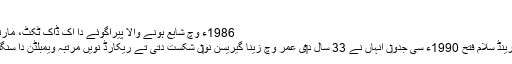
سبکدوشی[لکھو]
1986ء وچ شایع ہونے والا پیراگوئے دا اک ڈاک ٹکٹ، مارتینا د‏‏ی تصویر دے نال
نیوراتیلووا د‏‏ی آخری گرینڈ سلام فتح 1990ء سی جدو‏ں انہاں نے 33 سال د‏‏ی عمر وچ زینا گیریسن نو‏‏ں شکست دتی تے ریکارڈ نويں مرتبہ ویمبلڈن دا سنگلز اعزاز اپنے ناں کیتا۔